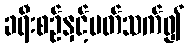
ခရီးစဉ်နှင့်ပတ်သက်၍